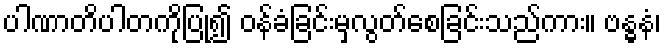
ပါဏာတိပါတကိုပြု၍ ဝန်ခံခြင်းမှလွတ်စေခြင်းသည်ကား။ ဗန္ဓနံ၊